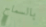
بالسماح